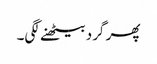
پھر گرد بیٹھنے لگی۔